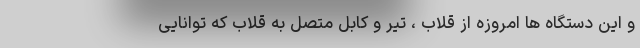
و این دستگاه ها امروزه از قلاب ، تیر و کابل متصل به قلاب که توانایی